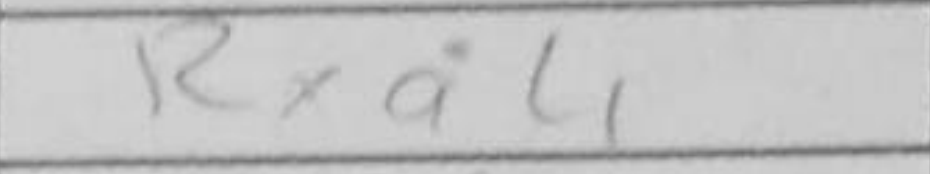
Transcription: Rxa4